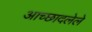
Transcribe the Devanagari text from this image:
अाच्छादलेले